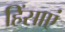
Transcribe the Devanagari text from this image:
हिंसाएं